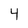
Character: 4